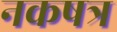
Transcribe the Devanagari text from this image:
नकषत्र